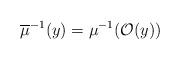
LaTeX: \begin{align*}\overline{\mu}^{-1}(y)=\mu^{-1}(\mathcal{O}(y))\end{align*}